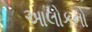
આલોકનો